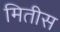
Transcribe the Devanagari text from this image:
मितीस